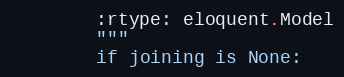
Language: Python
        :rtype: eloquent.Model
        """
        if joining is None: